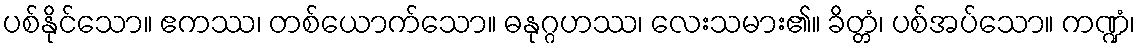
ပစ်နိုင်သော။ ဧကဿ၊ တစ်ယောက်သော။ ဓနုဂ္ဂဟဿ၊ လေးသမား၏။ ခိတ္တံ၊ ပစ်အပ်သော။ ကဏ္ဍံ၊